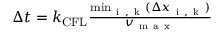
\begin{array} { r } { \Delta t = k _ { \mathrm { C F L } } \frac { \operatorname* { m i n } _ { \mathrm { ~ i ~ , ~ k ~ } } ( \Delta x _ { \mathrm { ~ i ~ , ~ k ~ } } ) } { v _ { \mathrm { ~ m ~ a ~ x ~ } } } } \end{array}